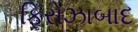
ફિરોઝાબાદ